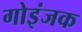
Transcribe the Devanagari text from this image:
गोइंजक